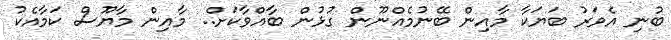
ބުނި އެވަރު ބަޔަކާ މާއިން ބޭނުމެއްނޫން ގުޅުން ބާއްވާކަށް.. މާއިން މާޔޫސް ކަމާއެކު